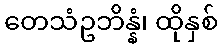
တေသံဥဘိန္နံ၊ ထိုနှစ်